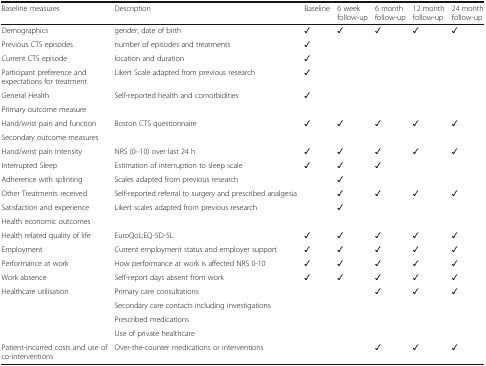
<table><thead><tr><td><b>Baseline measures</b></td><td><b>Description</b></td><td><b>Baseline</b></td><td><b>6 week follow-up</b></td><td><b>6 month follow-up</b></td><td><b>12 month follow-up</b></td><td><b>24 month follow-up</b></td></tr></thead><tbody><tr><td>Demographics</td><td>gender, date of birth</td><td>✓</td><td>✓</td><td>✓</td><td>✓</td><td>✓</td></tr><tr><td>Previous CTS episodes</td><td>number of episodes and treatments</td><td>✓</td><td></td><td></td><td></td><td></td></tr><tr><td>Current CTS episode</td><td>location and duration</td><td>✓</td><td></td><td></td><td></td><td></td></tr><tr><td>Participant preference and expectations for treatment</td><td>Likert Scale adapted from previous research</td><td>✓</td><td></td><td></td><td></td><td></td></tr><tr><td>General Health</td><td>Self-reported health and comorbidities</td><td>✓</td><td></td><td></td><td></td><td></td></tr><tr><td colspan="7">Primary outcome measure</td></tr><tr><td>Hand/wrist pain and function</td><td>Boston CTS questionnaire</td><td>✓</td><td>✓</td><td>✓</td><td>✓</td><td>✓</td></tr><tr><td colspan="7">Secondary outcome measures</td></tr><tr><td>Hand/wrist pain intensity</td><td>NRS (0–10) over last 24 h</td><td>✓</td><td>✓</td><td>✓</td><td>✓</td><td>✓</td></tr><tr><td>Interrupted Sleep</td><td>Estimation of interruption to sleep scale</td><td>✓</td><td>✓</td><td>✓</td><td></td><td></td></tr><tr><td>Adherence with splinting</td><td>Scales adapted from previous research</td><td></td><td>✓</td><td></td><td></td><td></td></tr><tr><td>Other Treatments received</td><td>Self-reported referral to surgery and prescribed analgesia</td><td></td><td>✓</td><td>✓</td><td>✓</td><td>✓</td></tr><tr><td>Satisfaction and experience</td><td>Likert scales adapted from previous research</td><td></td><td>✓</td><td></td><td></td><td></td></tr><tr><td colspan="7">Health economic outcomes</td></tr><tr><td>Health related quality of life</td><td>EuroQoL:EQ-5D-5L</td><td>✓</td><td>✓</td><td>✓</td><td>✓</td><td>✓</td></tr><tr><td>Employment</td><td>Current employment status and employer support</td><td>✓</td><td>✓</td><td>✓</td><td>✓</td><td>✓</td></tr><tr><td>Performance at work</td><td>How performance at work is affected NRS 0-10</td><td>✓</td><td>✓</td><td>✓</td><td>✓</td><td>✓</td></tr><tr><td>Work absence</td><td>Self-report days absent from work</td><td>✓</td><td>✓</td><td>✓</td><td>✓</td><td>✓</td></tr><tr><td rowspan="4">Healthcare utilisation</td><td>Primary care consultations</td><td rowspan="4"></td><td rowspan="4"></td><td rowspan="4">✓</td><td rowspan="4">✓</td><td rowspan="4">✓</td></tr><tr><td>Secondary care contacts including investigations</td></tr><tr><td>Prescribed medications</td></tr><tr><td>Use of private healthcare</td></tr><tr><td>Patient-incurred costs and use of co-interventions</td><td>Over-the-counter medications or interventions</td><td></td><td></td><td>✓</td><td>✓</td><td>✓</td></tr></tbody></table>